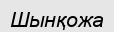
Шынқожа